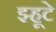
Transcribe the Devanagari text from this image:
झ्हूटे